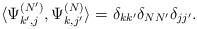
\begin{align*} \langle \Psi_{k',j}^{(N')},\Psi_{k,j'}^{(N)}\rangle=\delta_{kk'}\delta_{NN'}\delta_{jj'}.\end{align*}